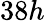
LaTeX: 38h